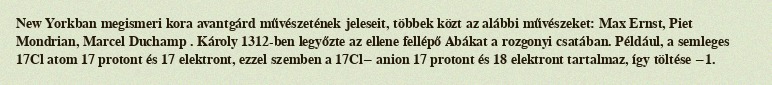
New Yorkban megismeri kora avantgárd művészetének jeleseit, többek közt az alábbi művészeket: Max Ernst, Piet Mondrian, Marcel Duchamp . Károly 1312-ben legyőzte az ellene fellépő Abákat a rozgonyi csatában. Például, a semleges 17Cl atom 17 protont és 17 elektront, ezzel szemben a 17Cl− anion 17 protont és 18 elektront tartalmaz, így töltése −1.